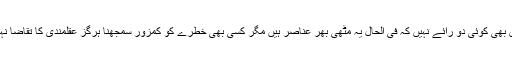
اس میں بھی کوئی دو رائے نہیں کہ فی الحال یہ مٹھی بھر عناصر ہیں مگر کسی بھی خطرے کو کمزور سمجھنا ہرگز عقلمندی کا تقاضا نہیں ہے۔